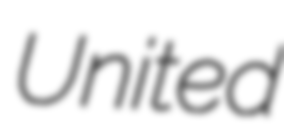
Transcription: United